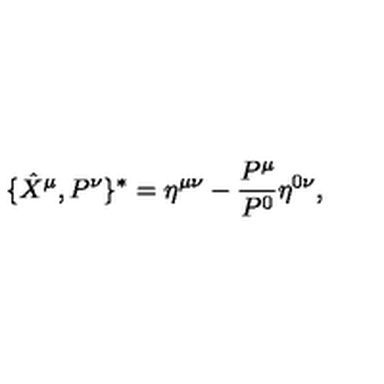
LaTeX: \{ \hat { X } ^ { \mu } , P ^ { \nu } \} ^ { * } = \eta ^ { \mu \nu } - \frac { P ^ { \mu } } { P ^ { 0 } } \eta ^ { 0 \nu } ,